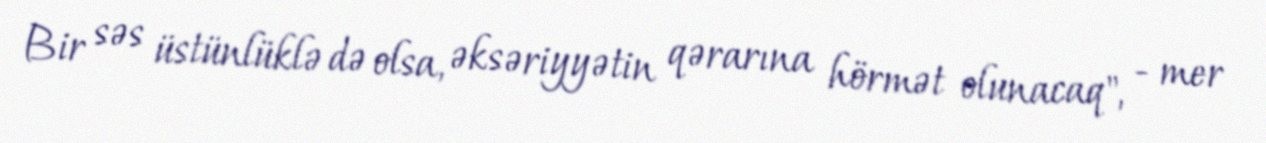
Bir səs üstünlüklə də olsa, əksəriyyətin qərarına hörmət olunacaq", - mer